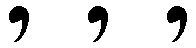
, , ,